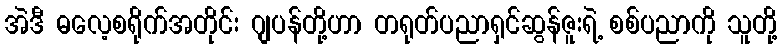
အဲဒီ ဓလေ့စရိုက်အတိုင်း ဂျပန်တို့ဟာ တရုတ်ပညာရှင်ဆွန်ဇူးရဲ့ စစ်ပညာကို သူတို့